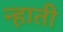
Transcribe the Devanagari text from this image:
न्हाती